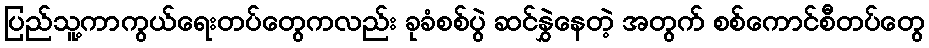
ပြည်သူ့ကာကွယ်ရေးတပ်တွေကလည်း ခုခံစစ်ပွဲ ဆင်နွှဲနေတဲ့ အတွက် စစ်ကောင်စီတပ်တွေ